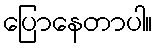
ပြောနေတာပါ။